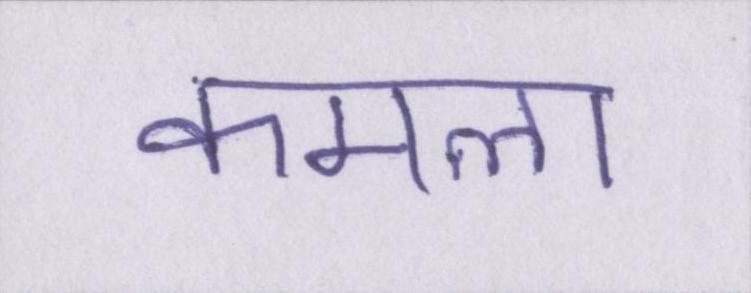
कमला